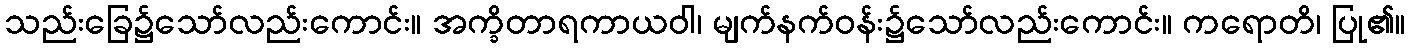
သည်းခြေ၌သော်လည်းကောင်း။ အက္ခိတာရကာယဝါ၊ မျက်နက်ဝန်း၌သော်လည်းကောင်း။ ကရောတိ၊ ပြု၏။